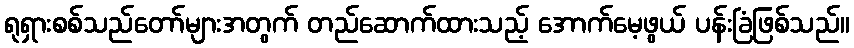
ရုရှားစစ်သည်တော်များအတွက် တည်ဆောက်ထားသည့် အောက်မေ့ဖွယ် ပန်းခြံဖြစ်သည်။